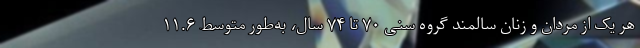
هر یک از مردان و زنان سالمند گروه سنی ۷۰ تا ۷۴ سال، به‌طور متوسط ۱۱.۶